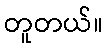
တူတယ်။